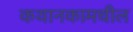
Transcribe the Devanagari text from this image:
कथानकामधील